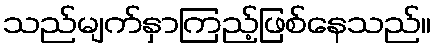
သည်မျက်နှာကြည့်ဖြစ်နေသည်။